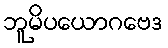
ဘူမိပယောဂဗေဒ